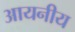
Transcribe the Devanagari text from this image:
आयनीय